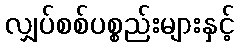
လျှပ်စစ်ပစ္စည်းများနှင့်